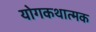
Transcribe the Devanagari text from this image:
योगकथात्मक